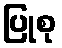
ပြုစု